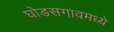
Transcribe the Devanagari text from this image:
घोडसगावमध्ये